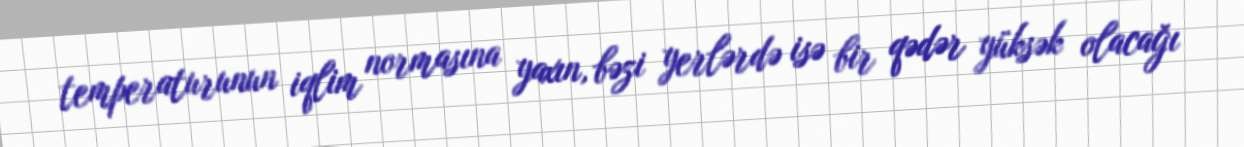
temperaturunun iqlim normasına yaxın, bəzi yerlərdə isə bir qədər yüksək olacağı